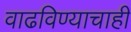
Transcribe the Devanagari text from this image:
वाढविण्याचाही